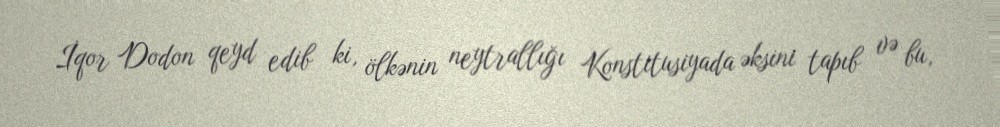
İqor Dodon qeyd edib ki, ölkənin neytrallığı Konstitusiyada əksini tapıb və bu,